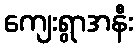
ကျေးရွာအနီး